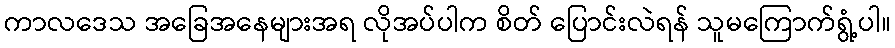
ကာလဒေသ အခြေအနေများအရ လိုအပ်ပါက စိတ် ပြောင်းလဲရန် သူမကြောက်ရွံ့ပါ။